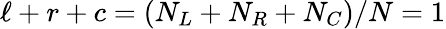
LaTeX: \ell+r+c=(N_{L}+N_{R}+N_{C})/N=1